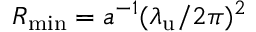
R _ { \operatorname* { m i n } } = a ^ { - 1 } ( { \lambda _ { \mathrm { u } } } / 2 \pi ) ^ { 2 }